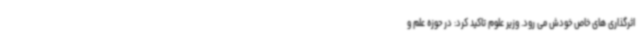
اثرگذاری های خاص خودش می رود. وزیر علوم تاکید کرد: در حوزه علم و